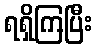
ရရှိကြပြီး